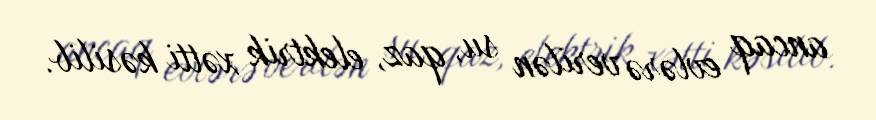
ancaq evlərə verilən su, qaz, elektrik xətti kəsilib.